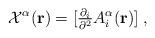
LaTeX: \begin{align*}{\cal{X}}^\alpha({\bf{r}}) =[{\textstyle\frac{\partial_i}{\partial^2}}A_i^\alpha({\bf{r}})]\;,\end{align*}